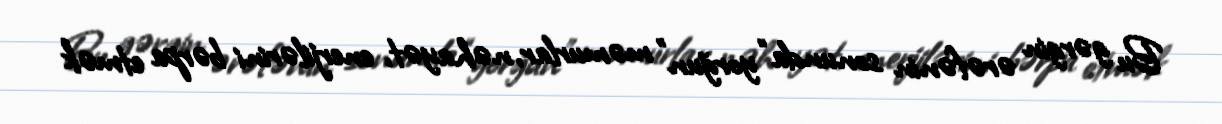
Bu gərgin ərəfənin sonunda “yorğun” məmurlar, nəhayət, enerjilərini bərpa etmək